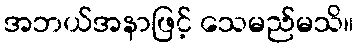
အဘယ်အနာဖြင့် သေမည်မသိ။